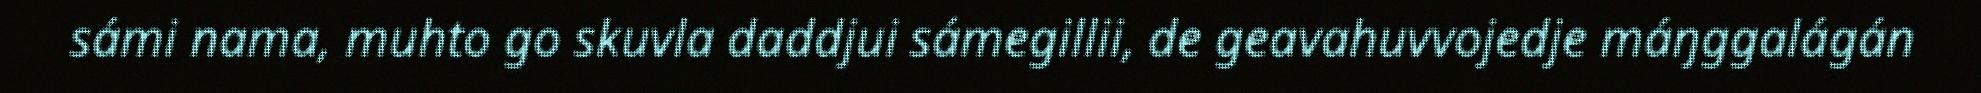
sámi nama, muhto go skuvla daddjui sámegillii, de geavahuvvojedje máŋggalágán